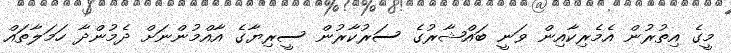
މީގެ އިތުރުން އެމެރިކާއިން ވަނީ ބައްޝާރުގެ ސަރުކާރުން ސީރިޔާގެ އާއްމުންނަށް ދެމުންދާ ހަމަލާތައް